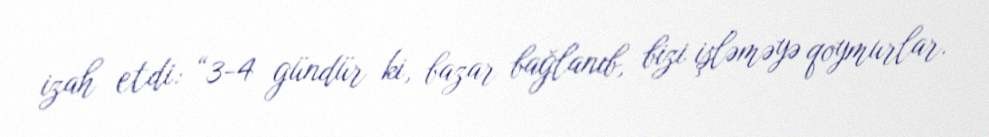
izah etdi: “3-4 gündür ki, bazar bağlanıb, bizi işləməyə qoymurlar.